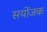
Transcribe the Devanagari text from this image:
सयोंजक